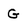
Character: G